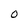
Character: 0